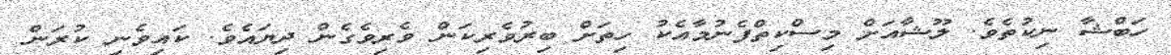
ހަބްޝާ ނިކުތެވެ. ލޫޝާއަށް މިސްކިތްފެނުމާއެކު ހިތަށް ބިރުވެރިކަން ވެރިވެގެން ދިޔައެވެެ. ކައިވެނި ކުރަން